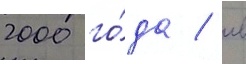
2000 го́да / в